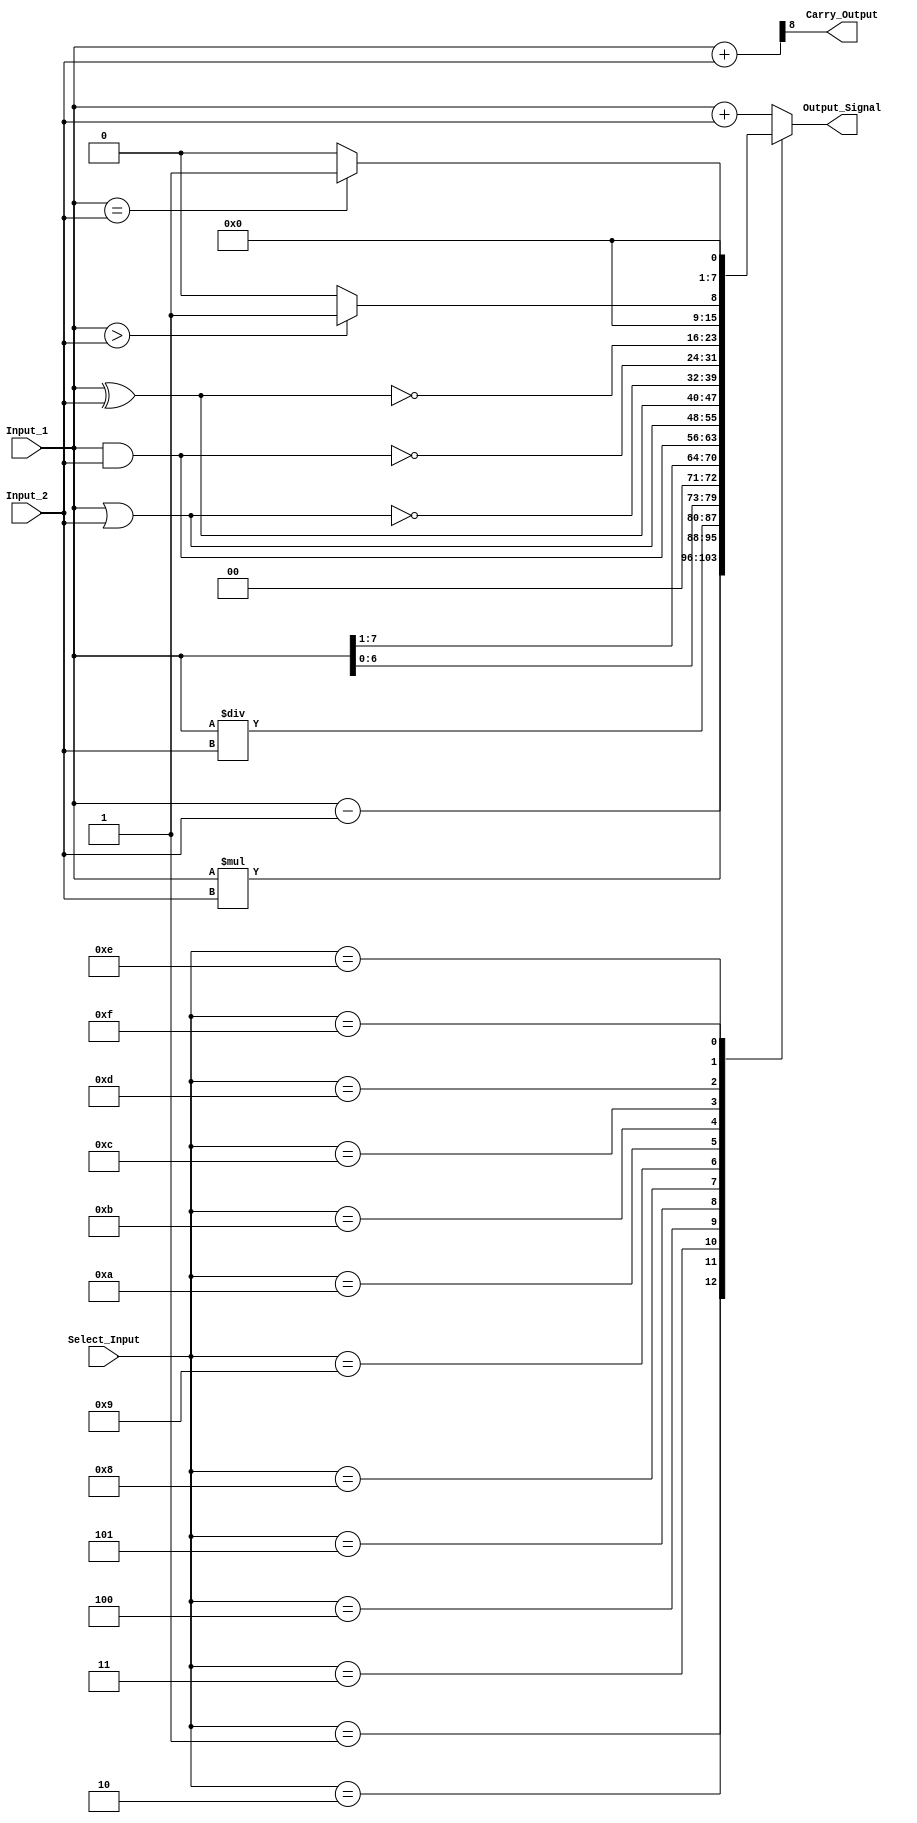
module ALU(
           input [7:0] Input_1,Input_2,                              
           input [3:0] Select_Input,           
           output [7:0] Output_Signal,          
           output Carry_Output                
    );
    reg [7:0] Final_Result;
    wire [8:0] tmp;
    assign Output_Signal = Final_Result;          
    assign tmp = {1'b0,Input_1} + {1'b0,Input_2};
    assign Carry_Output = tmp[8];            
    always @(*)
    begin
        case(Select_Input)
        4'b0000:
           Final_Result = Input_1 + Input_2 ; 
        4'b0001: 
           Final_Result = Input_1 - Input_2 ;
        4'b0010: 
           Final_Result = Input_1 * Input_2;
        4'b0011: 
           Final_Result = Input_1/Input_2;
        4'b0100: // Logical shift left
           Final_Result = Input_1<<1;
         4'b0101: // Logical shift right
           Final_Result = Input_1>>1;
          4'b1000: //  Logical and 
           Final_Result = Input_1 & Input_2;
          4'b1001: //  Logical or
           Final_Result = Input_1 | Input_2;
          4'b1010: //  Logical xor 
           Final_Result = Input_1 ^ Input_2;
          4'b1011: //  Logical nor
           Final_Result = ~(Input_1 | Input_2);
          4'b1100: // Logical nand 
           Final_Result = ~(Input_1 & Input_2);
          4'b1101: // Logical xnor
           Final_Result = ~(Input_1 ^ Input_2);
          4'b1110: // Greater comparison
           Final_Result = (Input_1>Input_2)?8'd1:8'd0 ;
          4'b1111: // Equal comparison   
            Final_Result = (Input_1==Input_2)?8'd1:8'd0 ;
          default: Final_Result = Input_1 + Input_2 ; 
        endcase
    end

endmodule